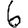
Digit: 6